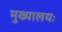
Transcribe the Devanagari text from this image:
मुख्यालयः